Cholera in India, 1862 to 1881
Year: 1862
Disease focus: Cholera
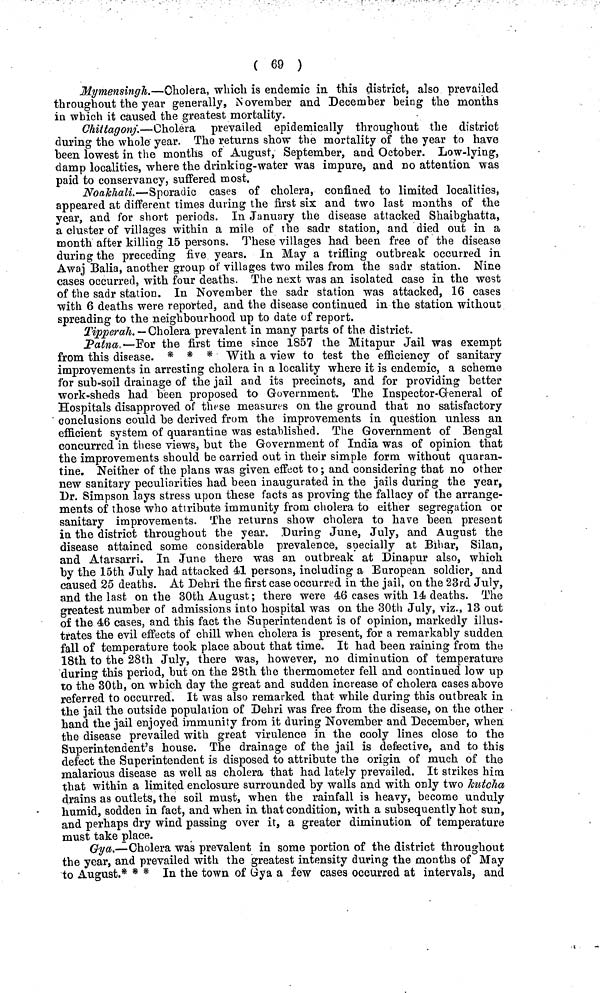
( 69 )
Mymensingh.—Cholera, which is endemic in this district, also prevailed
throughout the year generally, November and December being the months
in which it caused the greatest mortality.
Chittagonj.—Cholera prevailed epidemically throughout the district
during the whole year. The returns show the mortality of the year to have
been lowest in the months of August, September, and October. Low-lying,
damp localities, where the drinking-water was impure, and no attention was
paid to conservancy, suffered most.
Noakhali.—Sporadic cases of cholera, confined to limited localities,
appeared at different times during the first six and two last months of the
year, and for short periods. In January the disease attacked Shaibghatta,
a cluster of villages within a mile of the sadr station, and died out in a
month after killing 15 persons. These villages had been free of the disease
during the preceding five years. In May a trifling outbreak occurred in
Awaj Balia, another group of villages two miles from the sadr station. Nine
cases occurred, with four deaths. The next was an isolated case in the west
of the sadr station. In November the sadr station was attacked, 16 cases
with 6 deaths were reported, and the disease continued in the station without
spreading to the neighbourhood up to date of report.
Tipperah. — Cholera prevalent in many parts of the district.
Patna.— For the first time since 1857 the Mitapur Jail was exempt
from this disease. * * * With a view to test the efficiency of sanitary
improvements in arresting cholera in. a locality where it is endemic, a scheme
for sub-soil drainage of the jail and its precincts, and for providing better
work-sheds had been proposed to Government. The Inspector-General of
Hospitals disapproved of these measures on the ground that no satisfactory
conclusions could be derived from the improvements in question unless an
efficient system of quarantine was established. The Government of Bengal
concurred in these views, but the Government of India was of opinion that
the improvements should be carried out in their simple form without quaran-
tine. Neither of the plans was given effect to; and considering that no other
new sanitary peculiarities had been inaugurated in the jails during the year,
Dr. Simpson lays stress upon these facts as proving the fallacy of the arrange-
ments of those who attribute immunity from cholera to either segregation or
sanitary improvements. The returns show cholera to have been present
in the district throughout the year. During June, July, and August the
disease attained some considerable prevalence, soecially at Bihar, Silan,
and Atarsarri. In June there was an outbreak at Dinapur also, which
by the 15th July had attacked 41 persons, including a European soldier, and
caused 25 deaths. At Dehri the first case occurred in the jail, on the 23rd July,
and the last on the 30th August; there were 46 cases with 14 deaths. The
greatest number of admissions into hospital was on the 30th July, viz., 13 out
of the 46 cases, and this fact the Superintendent is of opinion, markedly illus-
trates the evil effects of chill when cholera is present, for a remarkably sudden
fall of temperature took place about that time. It had been raining from the
18th to the 28th July, there was, however, no diminution of temperature
during this period, but on the 28th the thermometer fell and continued low up
to the 30th, on which day the great and sudden increase of cholera cases above
referred to occurred. It was also remarked that while during this outbreak in
the jail the outside population of Dehri was free from the disease, on the other
hand the jail enjoyed immunity from it during November and December, when
the disease prevailed with great virulence in the cooly lines close to the
Superintendent's house. The drainage of the jail is defective, and to this
defect the Superintendent is disposed to attribute the origin of much of the
malarious disease as well as cholera that had lately prevailed. It strikes him
that within a limited enclosure surrounded by walls and with only two kutcha
drains as outlets, the soil must, when the rainfall is heavy, become unduly
humid, sodden in fact, and when in that condition, with a subsequently hot sun,
and perhaps dry wind passing over it, a greater diminution of temperature
must take place.
Gya.—Cholera was prevalent in some portion of the district throughout
the year, and prevailed with the greatest intensity during the months of May
to August.* * * In the town of Gya a few cases occurred at intervals, and